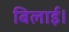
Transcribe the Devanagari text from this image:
बिलाई।